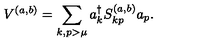
V ^ { ( a , b ) } = \sum _ { k , p > \mu } a _ { k } ^ { \dagger } S _ { k p } ^ { ( a , b ) } a _ { p } .